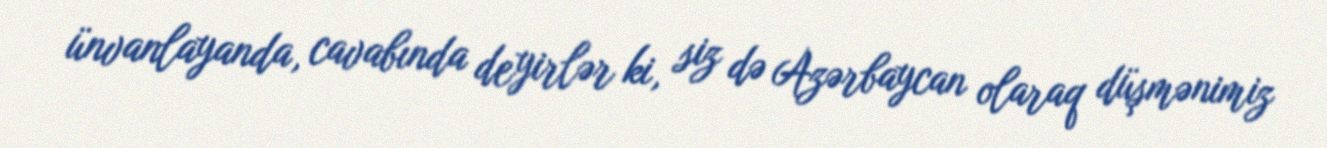
ünvanlayanda, cavabında deyirlər ki, siz də Azərbaycan olaraq düşmənimiz